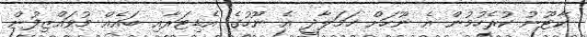
ކާޓޫނު ކުރެހުމުން އެ ނޫހަށް ހަމަލާދީ އެ ނޫހުގެ އެޑިޓަރާއި ބައެއް މުވައްޒިފުން